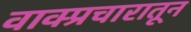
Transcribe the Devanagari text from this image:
वाक्प्रचारातून